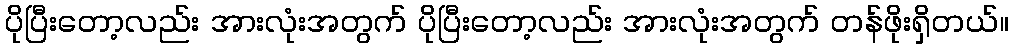
ပိုပြီးတော့လည်း အားလုံးအတွက် ပိုပြီးတော့လည်း အားလုံးအတွက် တန်ဖိုးရှိတယ်။